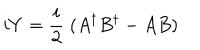
i Y = \frac { i } { 2 } \; ( A ^ { \dagger } B ^ { \dagger } - A B )